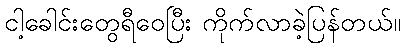
ငါ့ခေါင်းတွေရီဝေပြီး ကိုက်လာခဲ့ပြန်တယ်။